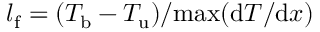
l _ { \mathrm { f } } = ( T _ { \mathrm { b } } - T _ { \mathrm { u } } ) / \mathrm { m a x } ( \mathrm { d } T / \mathrm { d } x )